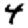
Digit: 4